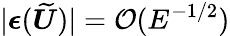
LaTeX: |\boldsymbol{\epsilon}(\widetilde{\boldsymbol{U}})|=\mathcal{O}(E^{-1/2})